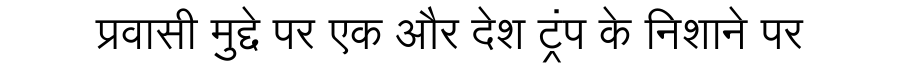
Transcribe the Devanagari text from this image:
प्रवासी मुद्दे पर एक और देश ट्रंप के निशाने पर